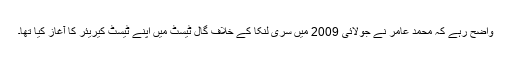
واضح رہے کہ محمد عامر نے جولائی 2009 میں سری لنکا کے خلاف گال ٹیسٹ میں اپنے ٹیسٹ کیریئر کا آغاز کیا تھا۔